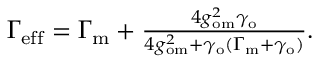
\begin{array} { r } { \Gamma _ { \mathrm { e f f } } = \Gamma _ { \mathrm { m } } + \frac { 4 g _ { \mathrm { o m } } ^ { 2 } \gamma _ { \mathrm { o } } } { 4 g _ { \mathrm { o m } } ^ { 2 } + \gamma _ { \mathrm { o } } ( \Gamma _ { \mathrm { m } } + \gamma _ { \mathrm { o } } ) } . } \end{array}